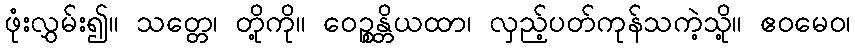
ဖုံးလွှမ်း၍။ သတ္တေ၊ တို့ကို။ ဝေဉ္စန္တိယထာ၊ လှည့်ပတ်ကုန်သကဲ့သို့။ ဧဝမေဝ၊